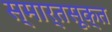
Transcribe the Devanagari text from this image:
स्मार्तसूक्त